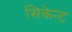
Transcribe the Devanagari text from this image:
सिकेन्ट